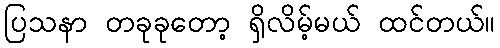
ပြသနာ တခုခုတော့ ရှိလိမ့်မယ် ထင်တယ်။